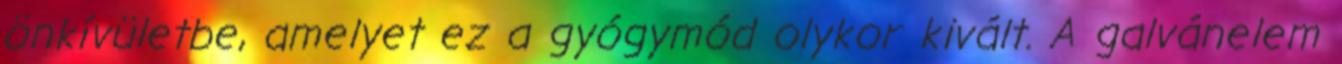
önkívületbe, amelyet ez a gyógymód olykor kivált. A galvánelem